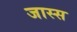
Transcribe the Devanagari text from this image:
जास्स